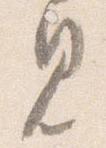
見